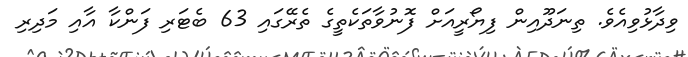
ވިދާޅުވިއެވެ. ތިނަދޫއިން ފިޔޯރީއަށް ފޮނުވާތަކެތީގެ ތެރޭގައި 63 ބެޓަރި ފަންކާ އާއި މަދިރި